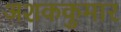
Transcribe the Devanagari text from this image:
अशककुमार